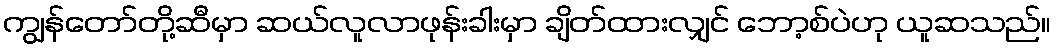
ကျွန်တော်တို့ဆီမှာ ဆယ်လူလာဖုန်းခါးမှာ ချိတ်ထားလျှင် ဘော့စ်ပဲဟု ယူဆသည်။